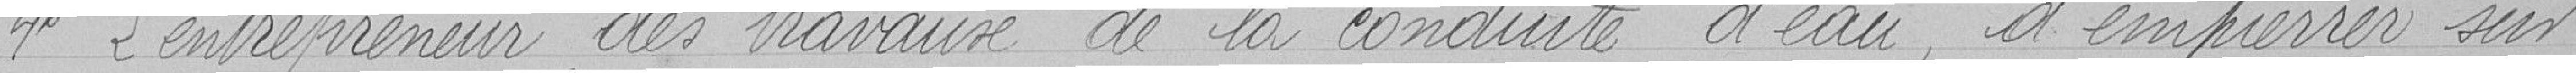
Quatrièmement, l'entrepreneur des travaux de la conduite d'eau, d'empierrer sur